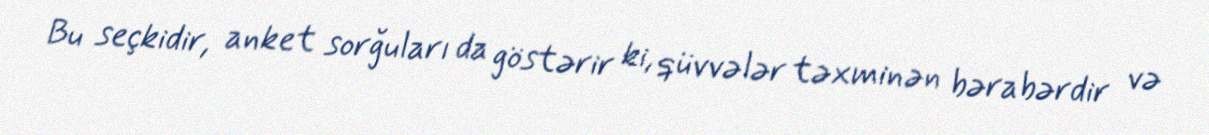
Bu seçkidir, anket sorğuları da göstərir ki, qüvvələr təxminən bərabərdir və